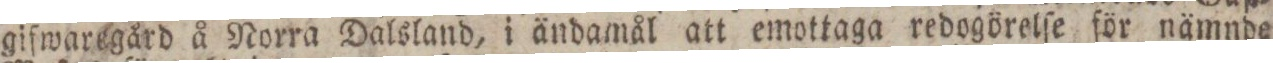
gifwaregård å Norra Dalsland, i ändamål att emottaga redogörelſe för nämnde